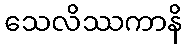
သေလိဿကာနိ